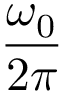
\frac { \omega _ { 0 } } { 2 \pi }